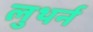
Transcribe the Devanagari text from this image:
लुथर्न